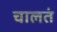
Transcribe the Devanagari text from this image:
चालतं